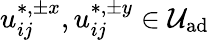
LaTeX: u_{ij}^{\ast,\pm x},u_{ij}^{\ast,\pm y}\in\mathcal{U}_{\textrm{ad}}